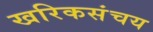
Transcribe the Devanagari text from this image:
खरिकसंचय